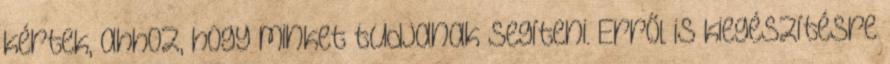
kértek, ahhoz, hogy minket tudjanak segíteni. Erről is kiegészítésre